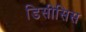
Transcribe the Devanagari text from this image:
डिसीसिस